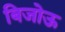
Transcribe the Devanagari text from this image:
बिजोऊ